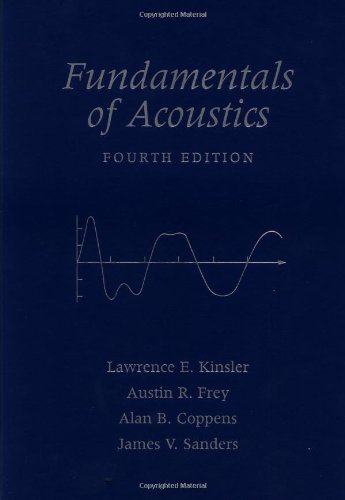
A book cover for Fundamentals of Acoustics; Lawrence E. Kinsler; Science & Math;